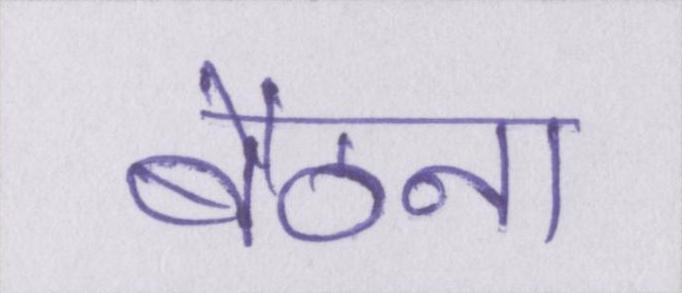
बैठना